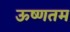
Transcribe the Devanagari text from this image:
ऊष्णतम